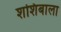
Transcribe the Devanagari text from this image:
शशिबाला